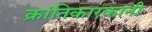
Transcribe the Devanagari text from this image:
क्रांतिकारकानी